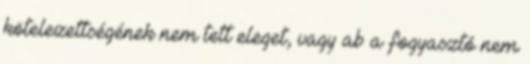
kötelezettségének nem tett eleget, vagy ab a fogyasztó nem